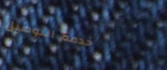
خدمة التوصيل